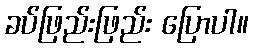
ခပ်ဖြည်းဖြည်း ပြောပါ။